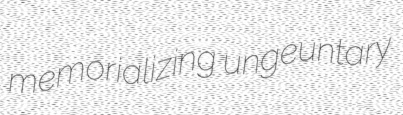
memorializing ungeuntary